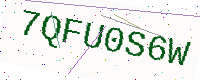
Text: 7QFU0S6W